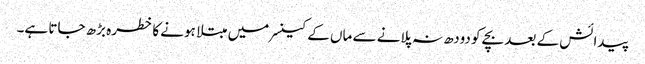
پیدائش کے بعد بچے کو دودھ نہ پلانے سے ماں کے کینسر میں مبتلا ہونے کا خطرہ بڑھ جاتا ہے۔